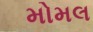
મોમલ